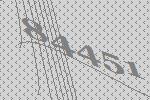
84451